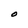
Character: O